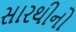
સારથીનો